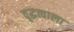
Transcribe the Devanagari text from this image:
वृद्धत्वाला